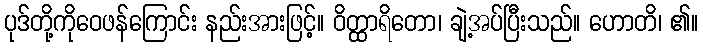
ပုဒ်တို့ကိုဝေဖန်ကြောင်း နည်းအားဖြင့်။ ဝိတ္ထာရိတော၊ ချဲ့အပ်ပြီးသည်။ ဟောတိ၊ ၏။